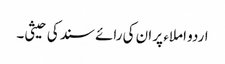
اردو املاء پر ان کی رائے سند کی حیثی۔